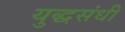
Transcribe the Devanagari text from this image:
युद्धसंधी